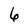
Character: 6